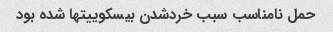
حمل نامناسب سبب خردشدن بیسکوییتها شده بود